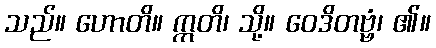
သည်။ ဟောတိ။ ဣတိ၊ သို့။ ဝေဒိတဗ္ဗံ၊ ၏။